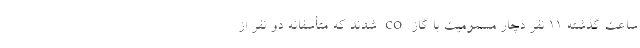
ساعت گذشته ۱۱ نفر دچار مسمومیت با گاز co شدند که متأسفانه دو نفر از